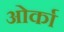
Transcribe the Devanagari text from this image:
ओर्का